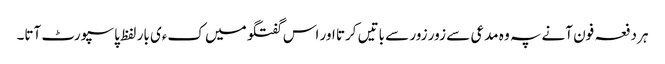
ہر دفعہ فون آنے پہ وہ مدعی سے زور زور سے باتیں کرتا اور اس گفتگو میں کءی بار لفظ پاسپورٹ آتا۔